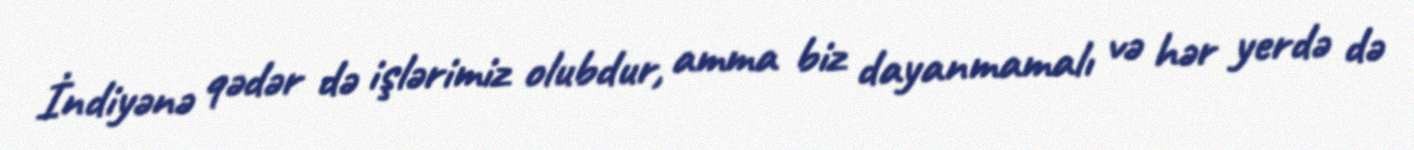
İndiyənə qədər də işlərimiz olubdur, amma biz dayanmamalı və hər yerdə də